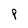
Character: P